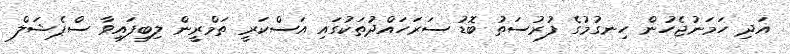
އަދި ހަމަނުޖެހުން ހިނގުމުގެ ފުރުސަތު ބޮޑު ސަރަހައްދުތަކުގައި އަސްކަރީ ތަމްރީން ލިބިފައިވާ ސްޕެޝަލް